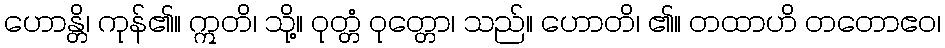
ဟောန္တိ၊ ကုန်၏။ ဣတိ၊ သို့။ ဝုတ္တံ ဝုတ္တော၊ သည်။ ဟောတိ၊ ၏။ တထာဟိ တတောဧဝ၊